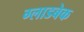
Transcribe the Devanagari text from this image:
ग्लाडबेक